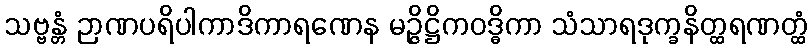
သဗ္ဗန္တံ ဉာဏပရိပါကာဒိကာရဏေန မဉ္ဇိဋ္ဌိကဝဒ္ဓိကာ သံသာရဒုက္ခနိတ္ထရဏတ္ထံ